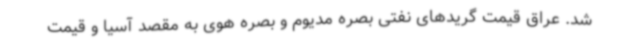
شد. عراق قیمت گریدهای نفتی بصره مدیوم و بصره هوی به مقصد آسیا و قیمت